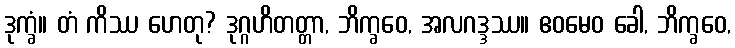
ဒုက္ခံ။ တံ ကိဿ ဟေတု? ဒုဂ္ဂဟိတတ္တာ, ဘိက္ခဝေ, အလဂဒ္ဒဿ။ ဧဝမေဝ ခေါ, ဘိက္ခဝေ,